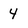
Character: 4